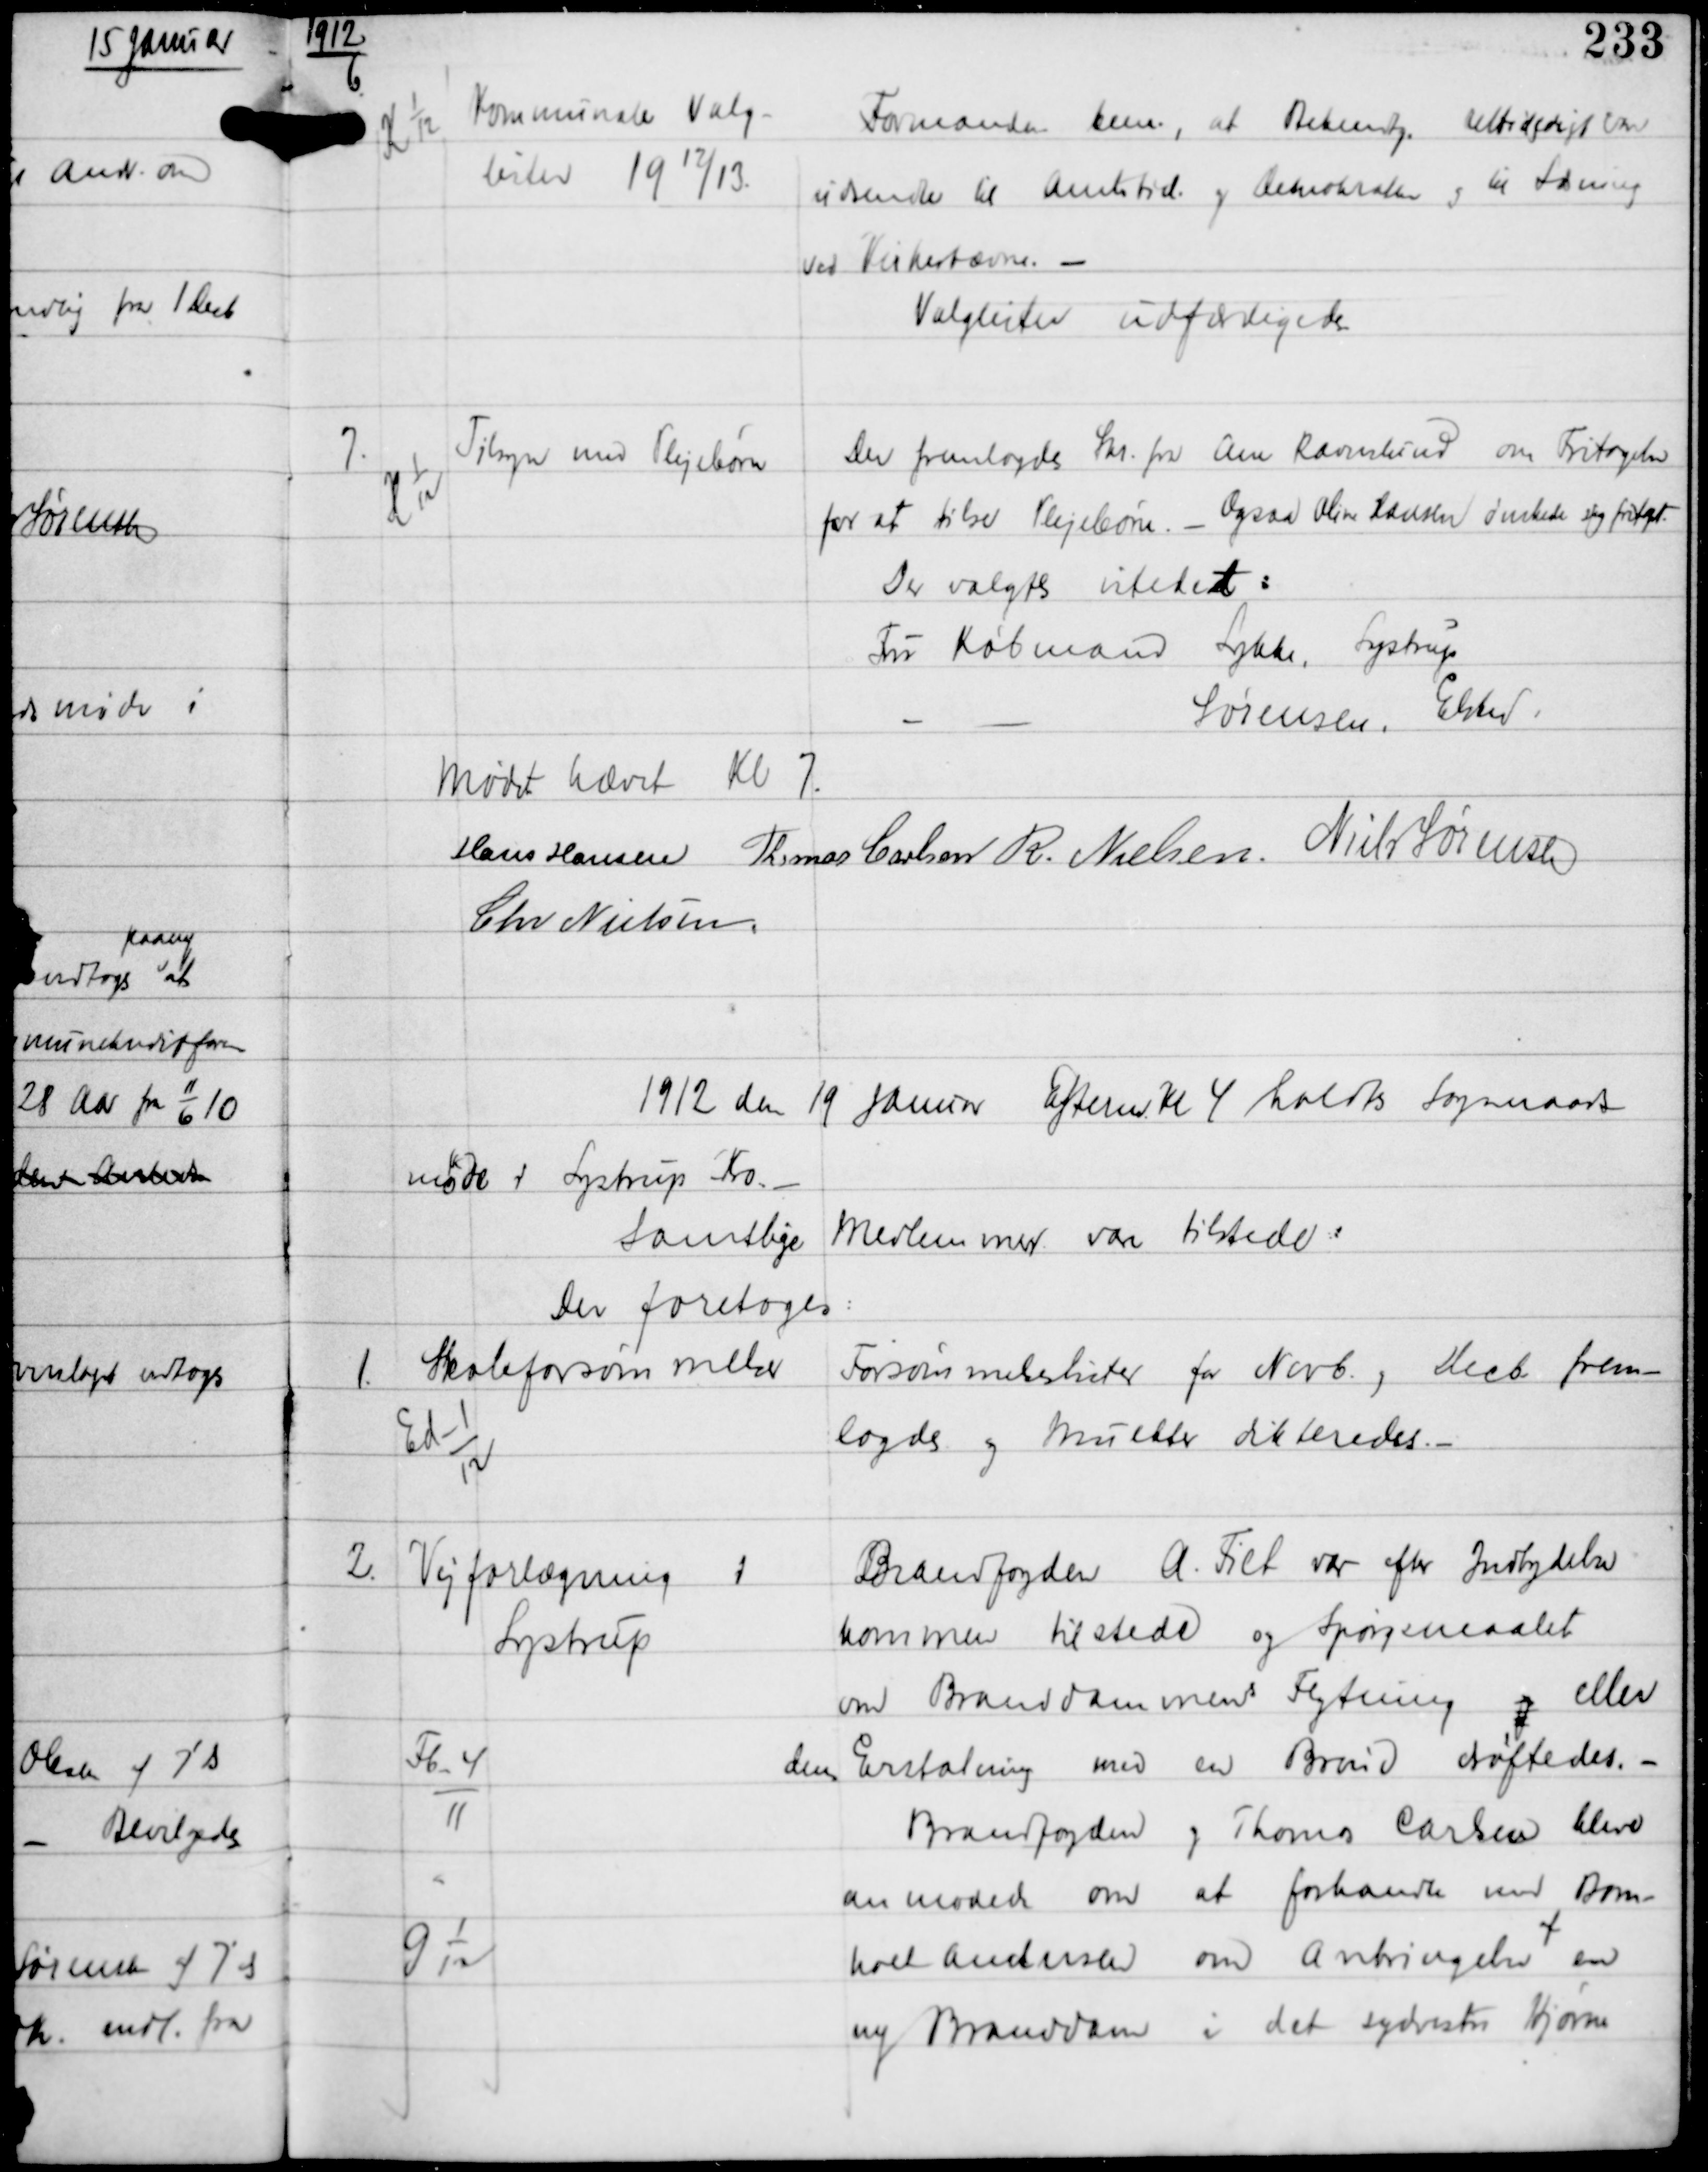
Transskription:
1912

6

K 1
12

Kommunale Valg-
lister 1912/13

Formanden bem., at Bekendtg. rettidigt om
udsendte til Amtstid og Demokraten og til Læsning
ved Kirkestævne. -
Valglister udfærdigedes

7.

H 1
12

Tilsyn med Plejebørn

Der fremlagdes Skr fra Ane Ravnslund om Fritagelse
for at tilse Plejebørn. - Ogsaa Aline Hansen ønskede sig fritaget-
Der valgtes istedet:
Fru Købmand Lykke, Lystrup
- - Sørensen, Elsted

Mødet hævet Kl 7.
Hans Hansen Thomas Carlsen R. Nielsen Niels Sørensen
Chr Nielsen

1912 den 19 Januar Efterm Kl 4 holdtes Sogneraads-
møde i Lystrup Kro. -
Samtlige Medlemmer vare tilstede
Der foretoges:

1

Ed-1
12

Skoleforsømmelser

Forsømmelseslister for Novb, Decb frem-
lagdes og Mulkter dikteredes. -

2

Vejforlægning i
Lystrup

Fb-4
11

G 1
12

Brandfogden A. Fiel var efter Indbydelse
kommen tilstede og Spørgsmaalet
om Branddammens Flytning og eller
dens Erstatning med en Brønd drøftedes. -
Brandfogden og Thomas Carlsen bleve
anmodede om at forhandle med Bom-
holt Andersen om Anbringelsen
af
en
ny Branddam i det sydvestr Hjørne